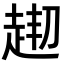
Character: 𧻘